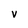
Character: v